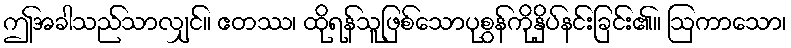
ဤအခါသည်သာလျှင်။ ဧတဿ၊ ထိုရန်သူဖြစ်သောပုစွန်ကိုနှိပ်နင်းခြင်း၏။ ဩကာသော၊